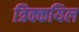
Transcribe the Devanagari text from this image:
त्रिक्कयिल